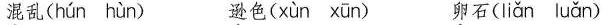
混乱( hún hùn ) 逊色( xùn xün) 卵石( liǎn luǎn )